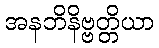
အနဘိနိဗ္ဗတ္တိယာ